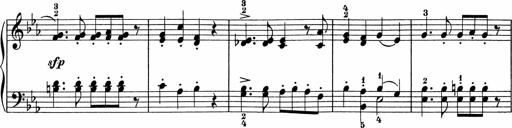
Title: 5 Sonatinen fÃ¼r die Jugend
Composer: Carl Reinecke